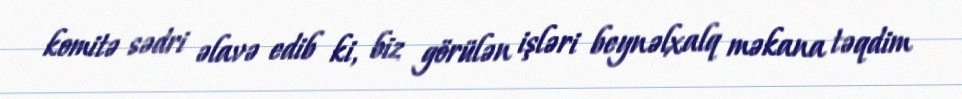
komitə sədri əlavə edib ki, biz görülən işləri beynəlxalq məkana təqdim